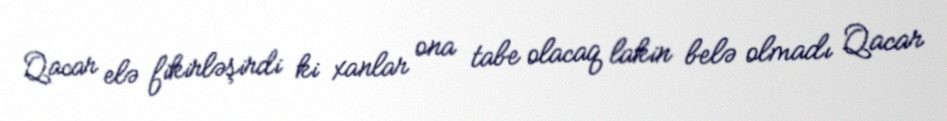
Qacar elə fikirləşirdi ki xanlar ona tabe olacaq lakin belə olmadı Qacar